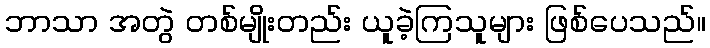
ဘာသာ အတွဲ တစ်မျိုးတည်း ယူခဲ့ကြသူများ ဖြစ်ပေသည်။